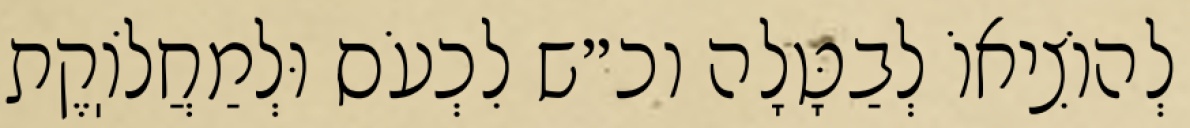
לְהוֹצִיאוֹ לְבַטָּלָה וכ״ש לִכְעֹס וּלְמַחֲלֹוֽקֶת